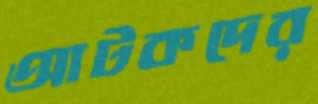
আটকদের